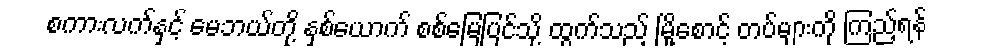
စကားလက်နှင့် မေဘယ်တို့ နှစ်ယောက် စစ်မြေပြင်သို့ ထွက်သည့် မြို့စောင့် တပ်များကို ကြည့်ရန်